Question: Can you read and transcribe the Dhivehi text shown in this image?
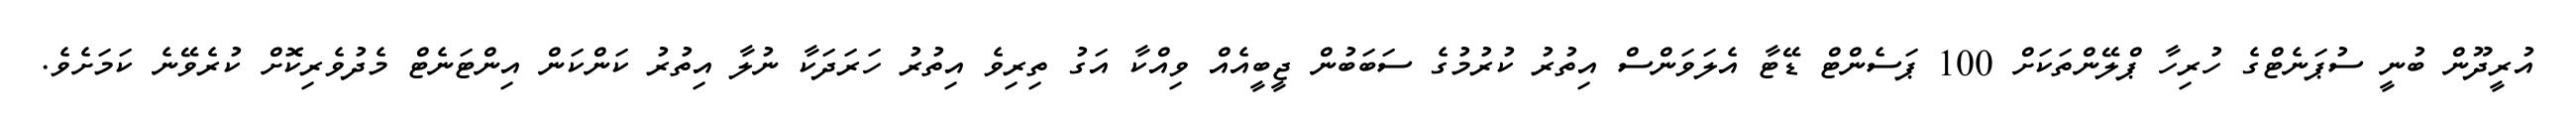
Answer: އުރީދޫން ބުނީ ސުޕަނެޓްގެ ހުރިހާ ޕްލޭންތަކަށް 100 ޕަސެންޓް ޑޭޓާ އެލަވަންސް އިތުރު ކުރުމުގެ ސަބަބުން ޖީބީއެއް ވިއްކާ އަގު ތިރިވެ އިތުރު ހަރަދަކާ ނުލާ އިތުރު ކަންކަން އިންޓަނެޓް މެދުވެރިކޮށް ކުރެވޭނެ ކަމަށެވެ.